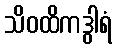
သိဝထိကဒွါရံ